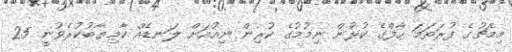
މިމެޗުގެ ފުރަތަމަ ހާފްގެ ކުޅުން ނިމުމުގެ ކުރިން ނިއުއަށް ލަނޑެއް ކާމިޔާބުކުރެވުނީ 25